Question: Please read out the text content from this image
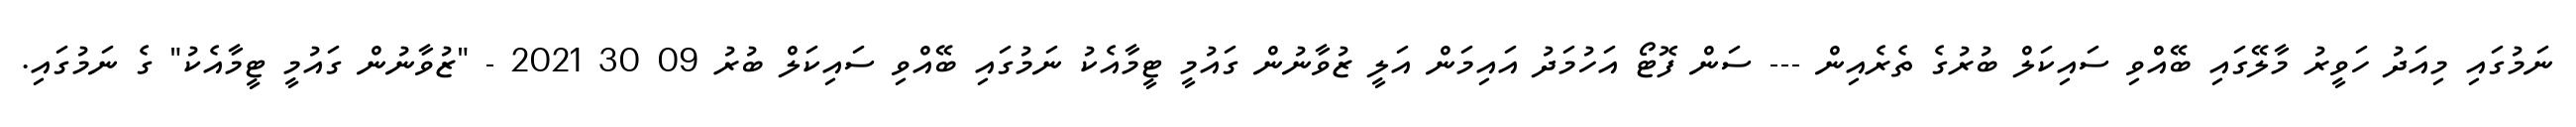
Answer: ނަމުގައި މިއަދު ހަވީރު މާލޭގައި ބޭއްވި ސައިކަލް ބުރުގެ ތެރެއިން --- ސަން ފޮޓޯ އަހުމަދު އައިމަން އަލީ ޒުވާނުން ގައުމީ ޓީމާއެކު ނަމުގައި ބޭއްވި ސައިކަލް ބުރު 09 30 2021 - "ޒުވާނުން ގައުމީ ޓީމާއެކު" ގެ ނަމުގައި.